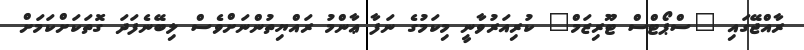
ރާއްޖޭގައި "ސްޕޯޓްސް ޓޫރިޒަމް" ކުރިއަރުވާނީ މިކަމުގެ ނަފާ ޢާންމު ރައްޔިތުންނަށްވެސް ލިބޭނެފަދަ ގޮތަކަށްކަމަށް